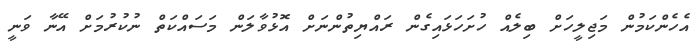
އެހެންކަމުން މަޖިލީހަށް ބިލެއް ހުށަހަޅައިގެން ރައްޔިތުންނަށް އޮޅުވާލަން މަސައްކަތް ނުކުރުމަށް އޭނާ ވަނީ